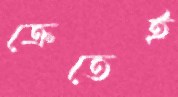
ক্রেতেই